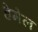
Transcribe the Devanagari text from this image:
हेमेल